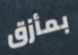
بمأزق